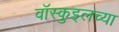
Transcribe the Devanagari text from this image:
वॉस्कुइलच्या